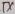
Text: TX